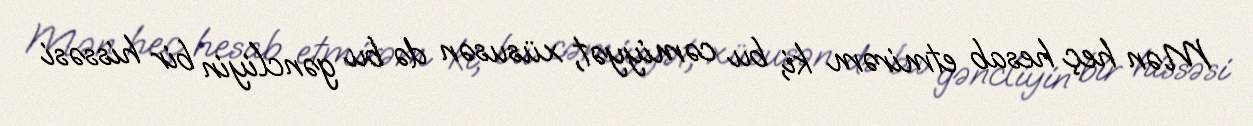
Mən heç hesab etmirəm ki, bu cəmiyyət, xüsusən də bu gəncliyin bir hissəsi